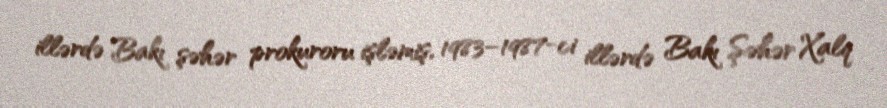
illərdə Bakı şəhər prokuroru işləmiş, 1983–1987-ci illərdə Bakı Şəhər Xalq